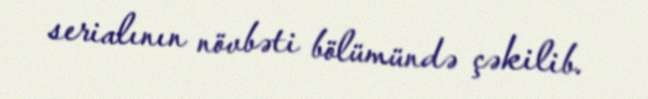
serialının növbəti bölümündə çəkilib.